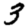
Digit: 3